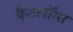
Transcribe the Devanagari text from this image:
कैटलॉग्स